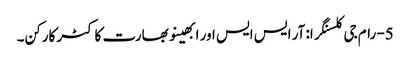
5- رام جی کلسنگرا: آر ایس ایس اور ابھینو بھارت کا کٹر کارکن۔